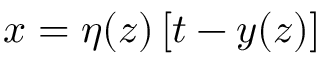
x = \eta ( z ) \left[ t - y ( z ) \right]